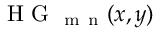
\mathrm { ~ H ~ G ~ } _ { \mathrm { ~ m ~ n ~ } } ( x , y )